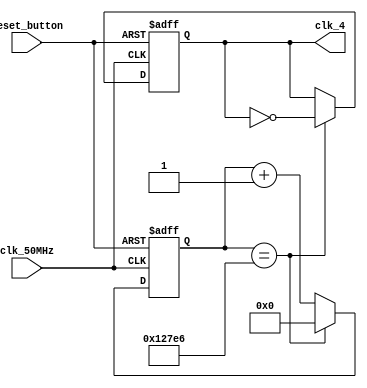
module clk329hz(
    input clk_50MHz,
    input reset_button,
    output clk_4
    );
    
    reg [25:0] ctr_reg = 0;                
    reg clk_out_reg = 0;
    
    always @(posedge clk_50MHz or posedge reset_button)
        if(reset_button) begin
            ctr_reg <= 0;
            clk_out_reg <= 0;
        end
		  else
            if(ctr_reg == 75750) begin  
                ctr_reg <= 0;
                clk_out_reg <= ~clk_out_reg;
            end
            else
                ctr_reg <= ctr_reg + 1;
    
    assign clk_4 = clk_out_reg;
    
endmodule